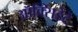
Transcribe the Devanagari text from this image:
ऑक्सिडेंटे